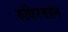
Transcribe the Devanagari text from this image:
रुधिरवहन